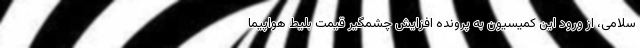
سلامی، از ورود این کمیسیون به پرونده افزایش چشمگیر قیمت بلیط هواپیما